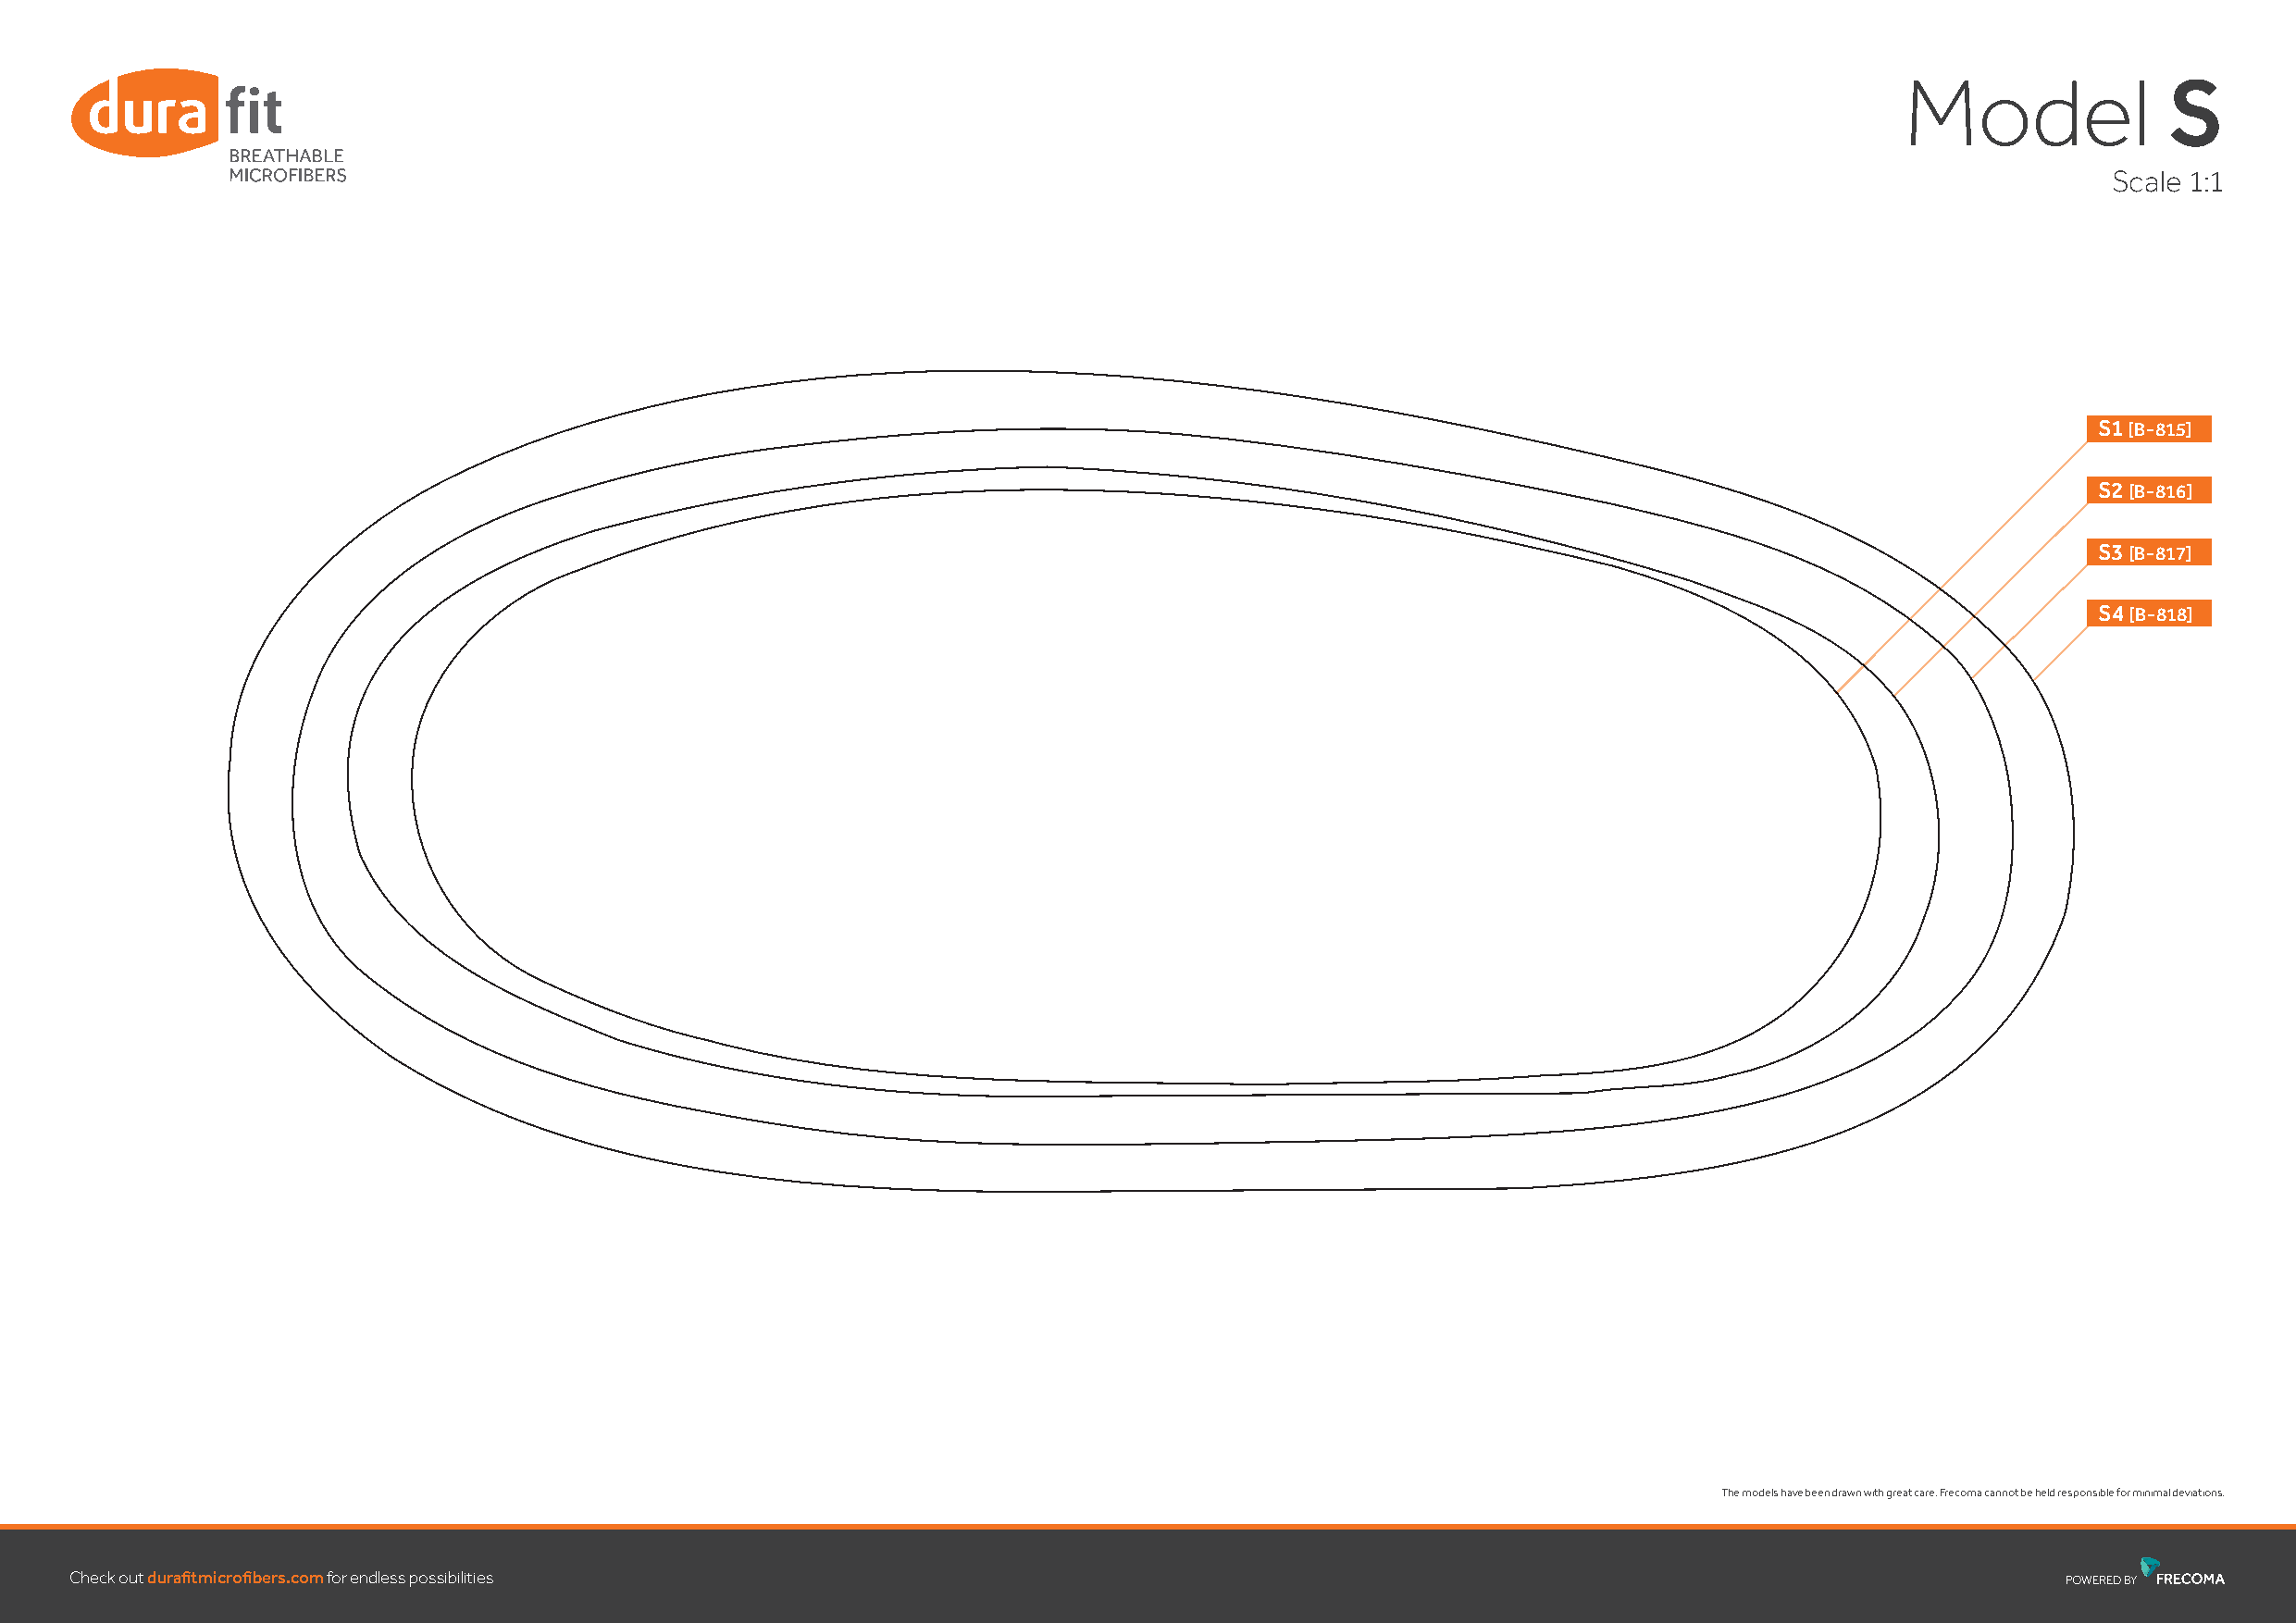
Model              S
 Scale 1:1
 S1 [B-815]
 S2 [B-816]
 S3 [B-817]
 S4 [B-818]
 The models have been drawn with great care. Frecoma cannot be held responsible for minimal deviations.
 Check outdurafi tmicrofi bers.comfor endless possibilities
 POWEREDBY